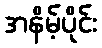
အနိမ့်ပိုင်း